Vaccine operations Central Provinces 1868-1885 - 1868-1885
Year: 1868
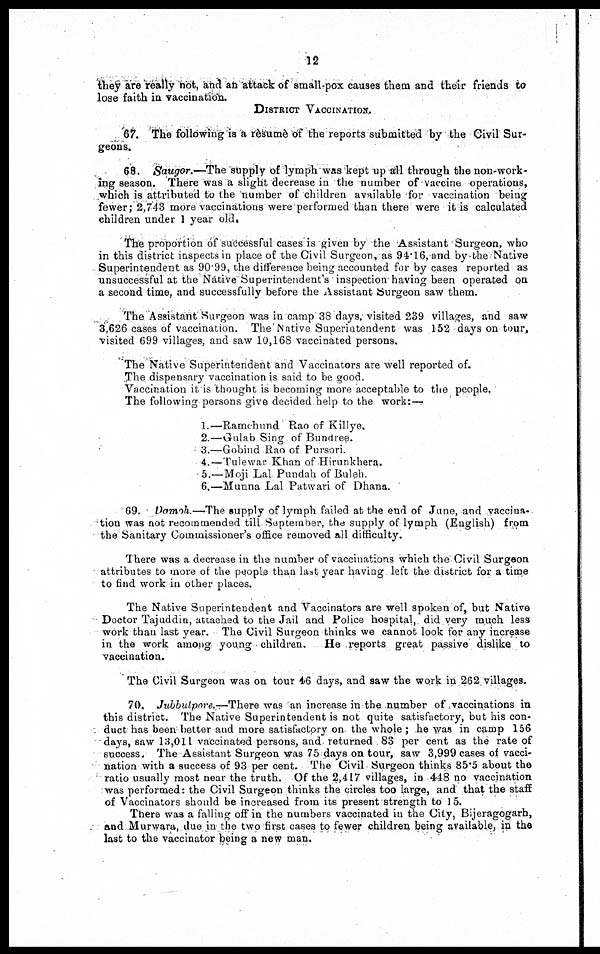
12
they are really not, and an attack of small-pox causes them and their friends to
lose faith in vaccination.
DISTRICT VACCINATION.
67. The following is a rèsumè of the reports submitted by the Civil Sur-
geons.
68. Saugor.—The supply of lymph was kept up all through the non-work-
ing season. There was a slight decrease in the number of vaccine operations,
which is attributed to the number of children available for vaccination being
fewer; 2,743 more vaccinations were performed than there were it is calculated
children under 1 year old.
The proportion of successful cases is given by the Assistant Surgeon, who
in this district inspects in place of the Civil Surgeon, as 94.16, and by the Native
Superintendent as 90.99, the difference being accounted for by cases reported as
unsuccessful at the Native Superintendent's inspection having been operated on
a second time, and successfully before the Assistant Surgeon saw them.
The Assistant Surgeon was in camp 38 days, visited 239 villages, and saw
3,626 cases of vaccination. The Native Superintendent was 152 days on tour,
visited 699 villages, and saw 10,168 vaccinated persons.
The Native Superintendent and Vaccinators are well reported of.
The dispensary vaccination is said to be good.
Vaccination it is thought is becoming more acceptable to the people.
The following persons give decided help to the work:—
1.—Ramchund Rao of Killye.
2.—Gulab Sing of Bundree.
3.—Gobind Rao of Pursori.
4.—Tulewar Khan of Hirunkhera.
5.—Moji Lal Pundah of Buleh.
6,—Munna Lal Patwari of Dhana.
69. Damoh.—The supply of lymph failed at the end of June, and vaccina-
tion was not recommended till September, the supply of lymph (English) from
the Sanitary Commissioner's office removed all difficulty.
There was a decrease in the number of vaccinations which the Civil Surgeon
attributes to more of the people than last year having left the district for a time
to find work in other places.
The Native Superintendent and Vaccinators are well spoken of, but Native
Doctor Tajuddin, attached to the Jail and Police hospital, did very much less
work than last year. The Civil Surgeon thinks we cannot look for any increase
in the work among young - children.
He reports great passive dislike to
vaccination.
The Civil Surgeon was on tour 46 days, and saw the work in 262 villages.
70. Jubbulpore.—There was an increase in the number of vaccinations in
this district. The Native Superintendent is not quite satisfactory, but his con-
duct has been better and more satisfactory on the whole; he was in camp 156
days, saw 13,011 vaccinated persons, and returned 83 per cent as the rate of
success. The Assistant Surgeon was 75 days on tour, saw 3,999 cases of vacci-
nation with a success of 93 per cent. The Civil Surgeon thinks 85.5 about the
ratio usually most near the truth. Of the 2,417 villages, in 448 no vaccination
was performed: the Civil Surgeon thinks the circles too large, and that the staff
of Vaccinators should be increased from its present strength to 15.
There was a falling off in the numbers vaccinated in the City, Bijeragogarh,
and Murwara, due in the two first cases to fewer children being available, in the
last to the vaccinator being a new man.